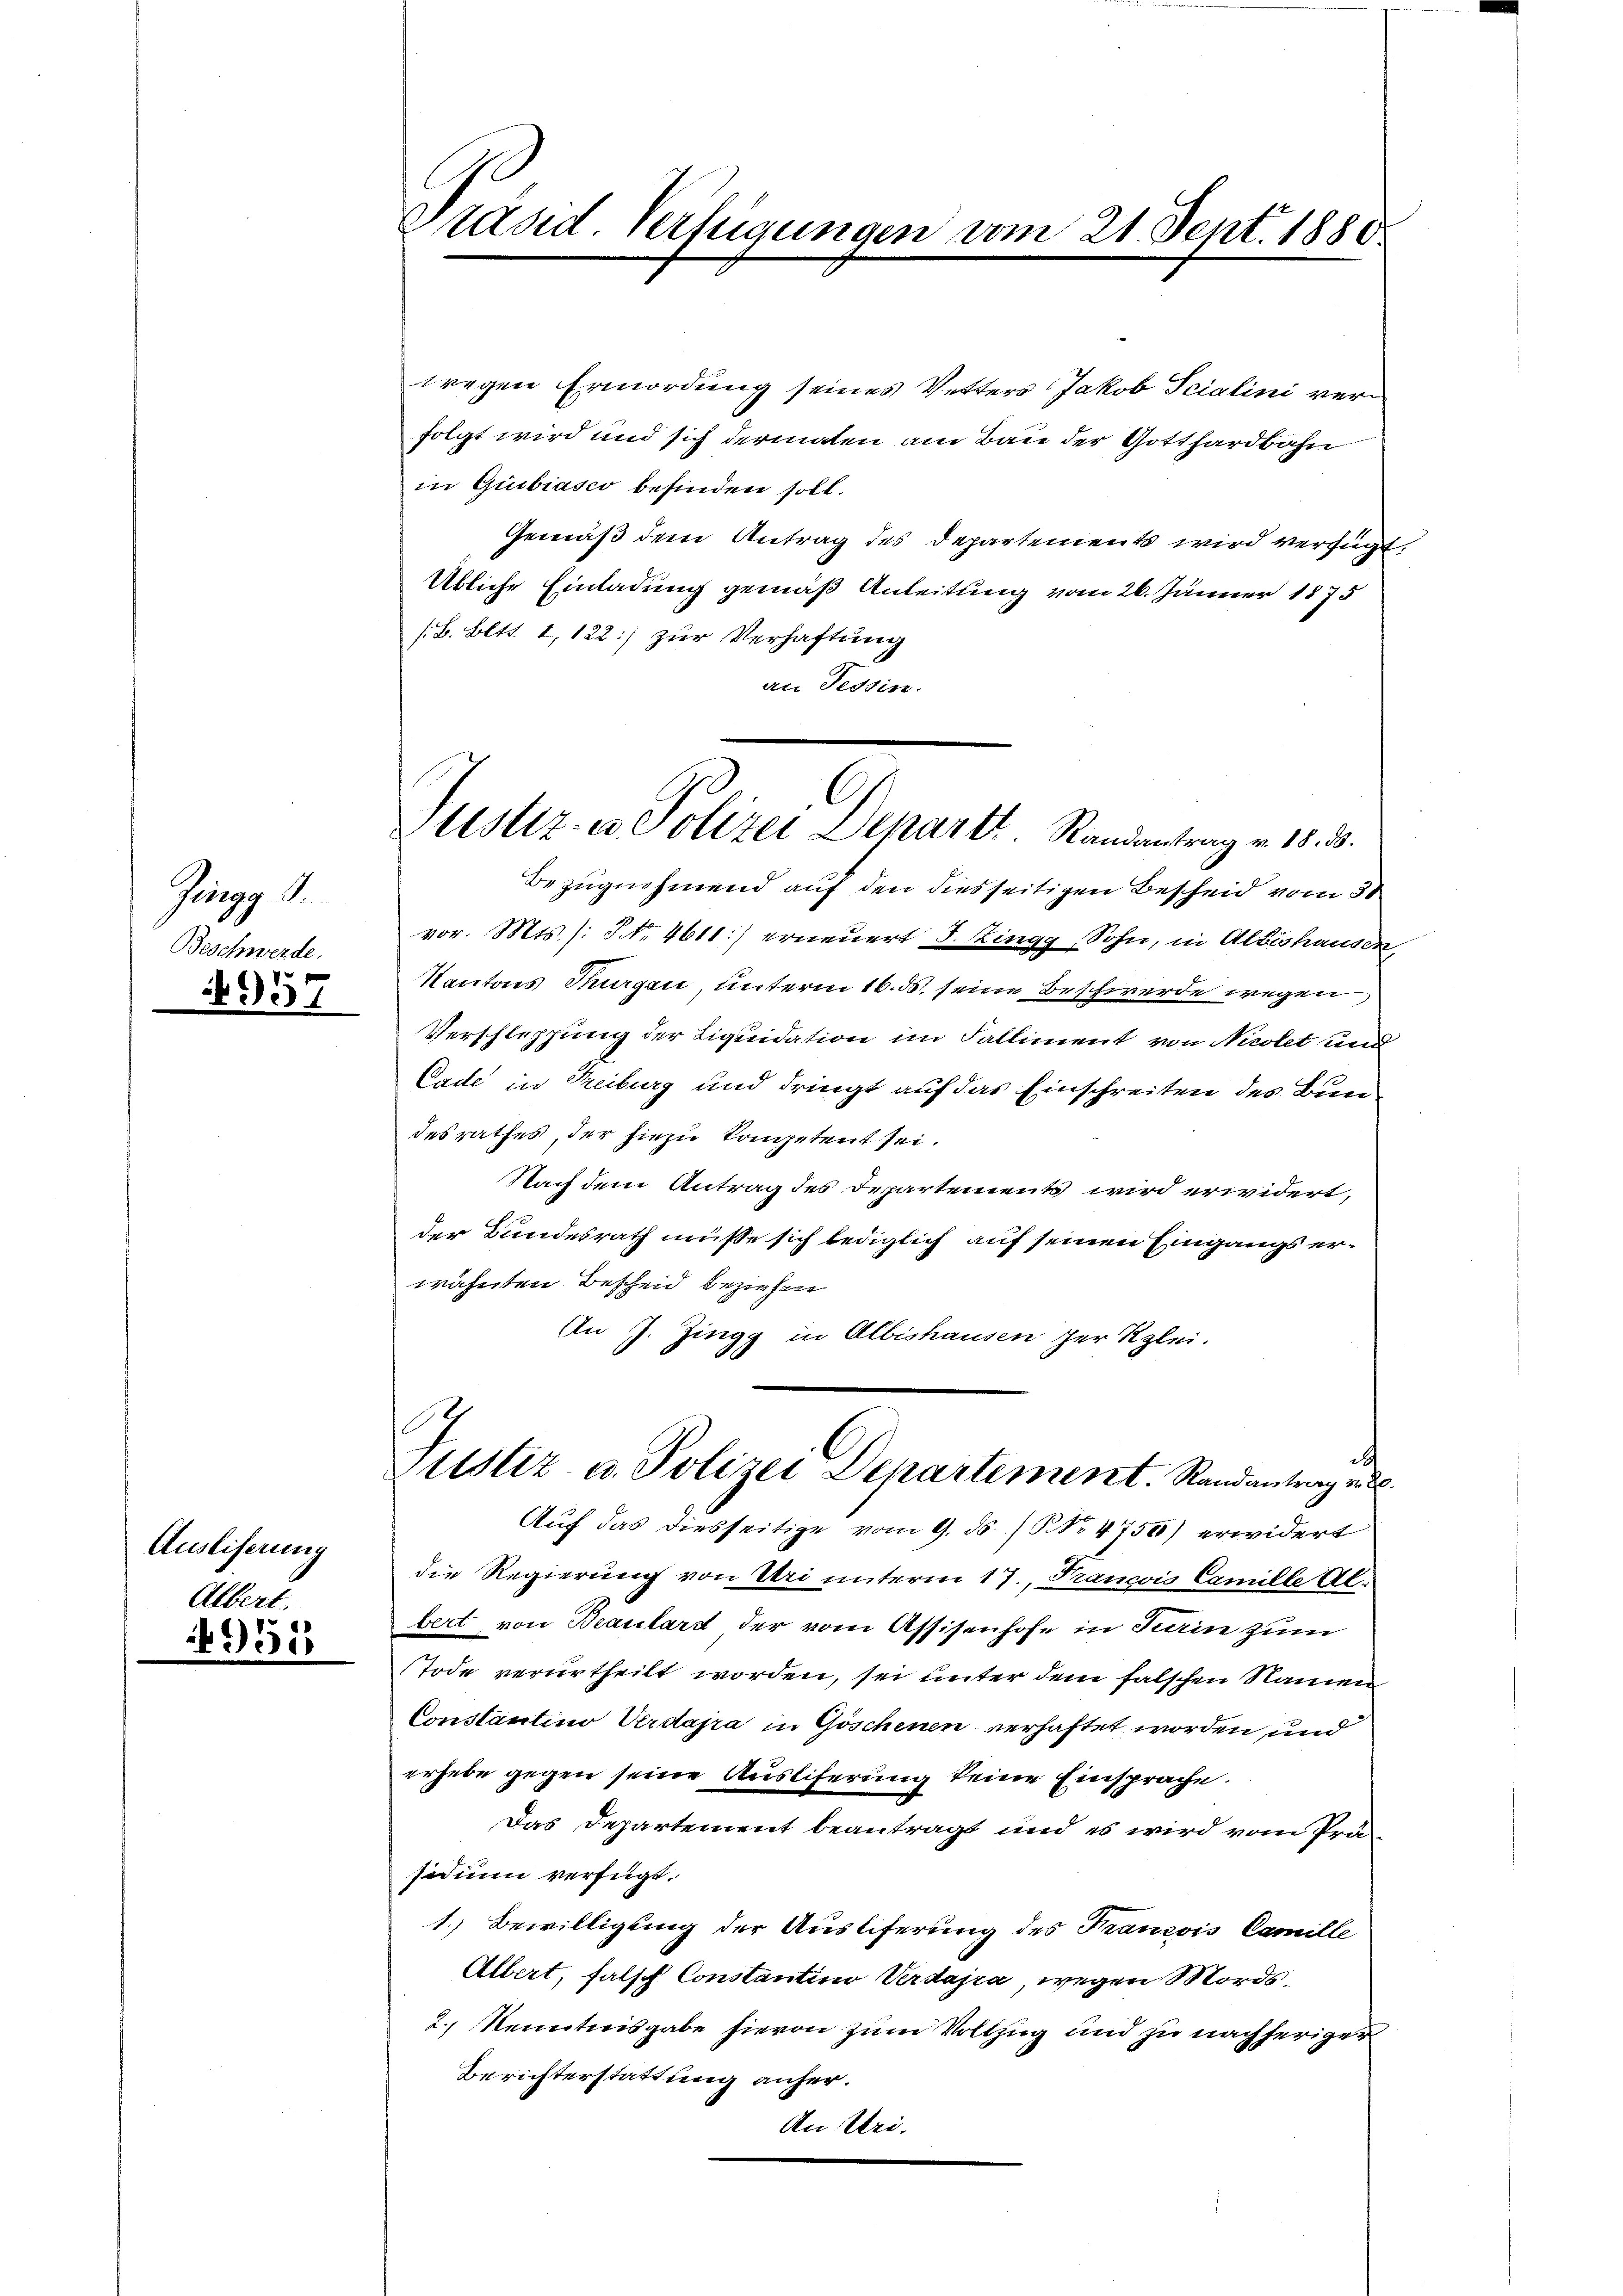
Zingg
Beschwerde.

4957

Ausliferung
Albert.

50

Prand. Verfügungen vom 21. Sept. 1880

wregen Ermordung seines Vetters Jakob Scialini verfolgt wird und sich dermalen am Bau der Gotthardbahn
in Giubiasco befinden soll.
Gemäß dem Antrag des Departement wird verfügt:
Übliche Einladung gemäß Anleitung vom 26. Jänner 1875
/B. Bett. 1, 122) zur Verhaftung
an Tessin.
Bezugnahmend auf den diesseitigen Bescheid vom 30
vor. Mts. (: S. 4611:) erneuert S. Ringg, Sohn, in Albishausen,
Kantons Burgen, unterm 16. ds. seine Beschwerde wegen
Verschleppung der Liquidation im Falliment von Nicolet und
Cade in Treiburg und dringt auf das Einschreiten des Bundesrathes, der hiezu kompetent sei.
Nach dem Antrag des Departements wird erwidert,
der Bundesrath müsse sich lediglich auf seinen Eingangs erwähnten Bescheid beziehen
(In J. Zingg in Albishausen her Klei-

C.
Justiz- u. Polizei Depart. Randantrag v. 18. d.

Auf das diesseitige vom 9. ds. / NNo. 4750) erwidert
die Regierung von Uri unterm 17., Francois Camille Al.
bert von Beaulard der vom Assisenhofe in Turin zum
Tode verurtheilt worden, sei unter dem falschen Namen
Constantino Verdajra in Göschenen verhaftet worden, und
erhebe gegen seine Auslieferung keine Einsprache.
Das Departement beantragt und es wird vom Präsidium verfügt:
1.) Bewilligung der Auslieferung des Francois Camille
Albert, falsch Constantino Verdajra, wegen Mords¬
2.) Kenntnisgabe hievon zum Vollzug und zu nachheriger
Berichterstattung anher.
An Uri.

Justiz- u. Polizei Departement. Randantrag a